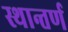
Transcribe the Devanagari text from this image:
स्थान्तर्ण